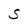
Character: S